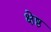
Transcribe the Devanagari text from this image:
क्षेष्ठ